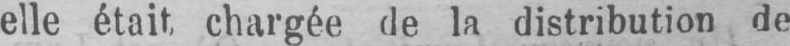
elle était chargée de la distribution de